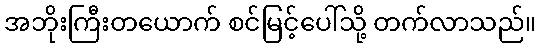
အဘိုးကြီးတယောက် စင်မြင့်ပေါ်သို့ တက်လာသည်။